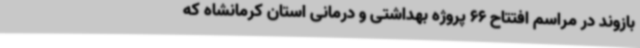
بازوند در مراسم افتتاح 66 پروژه بهداشتی و درمانی استان کرمانشاه که